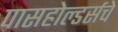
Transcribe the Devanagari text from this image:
पासहोल्डर्सचे